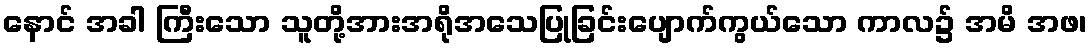
နောင် အခါ ကြီးသော သူတို့အားအရိုအသေပြုခြင်းပျောက်ကွယ်သော ကာလ၌ အမိ အဖ၊